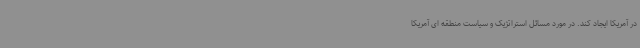
در آمریکا ایجاد کند. در مورد مسائل استراتژیک و سیاست منطقه ای آمریکا